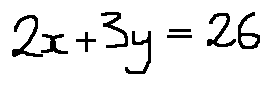
2 x + 3 y = 2 6